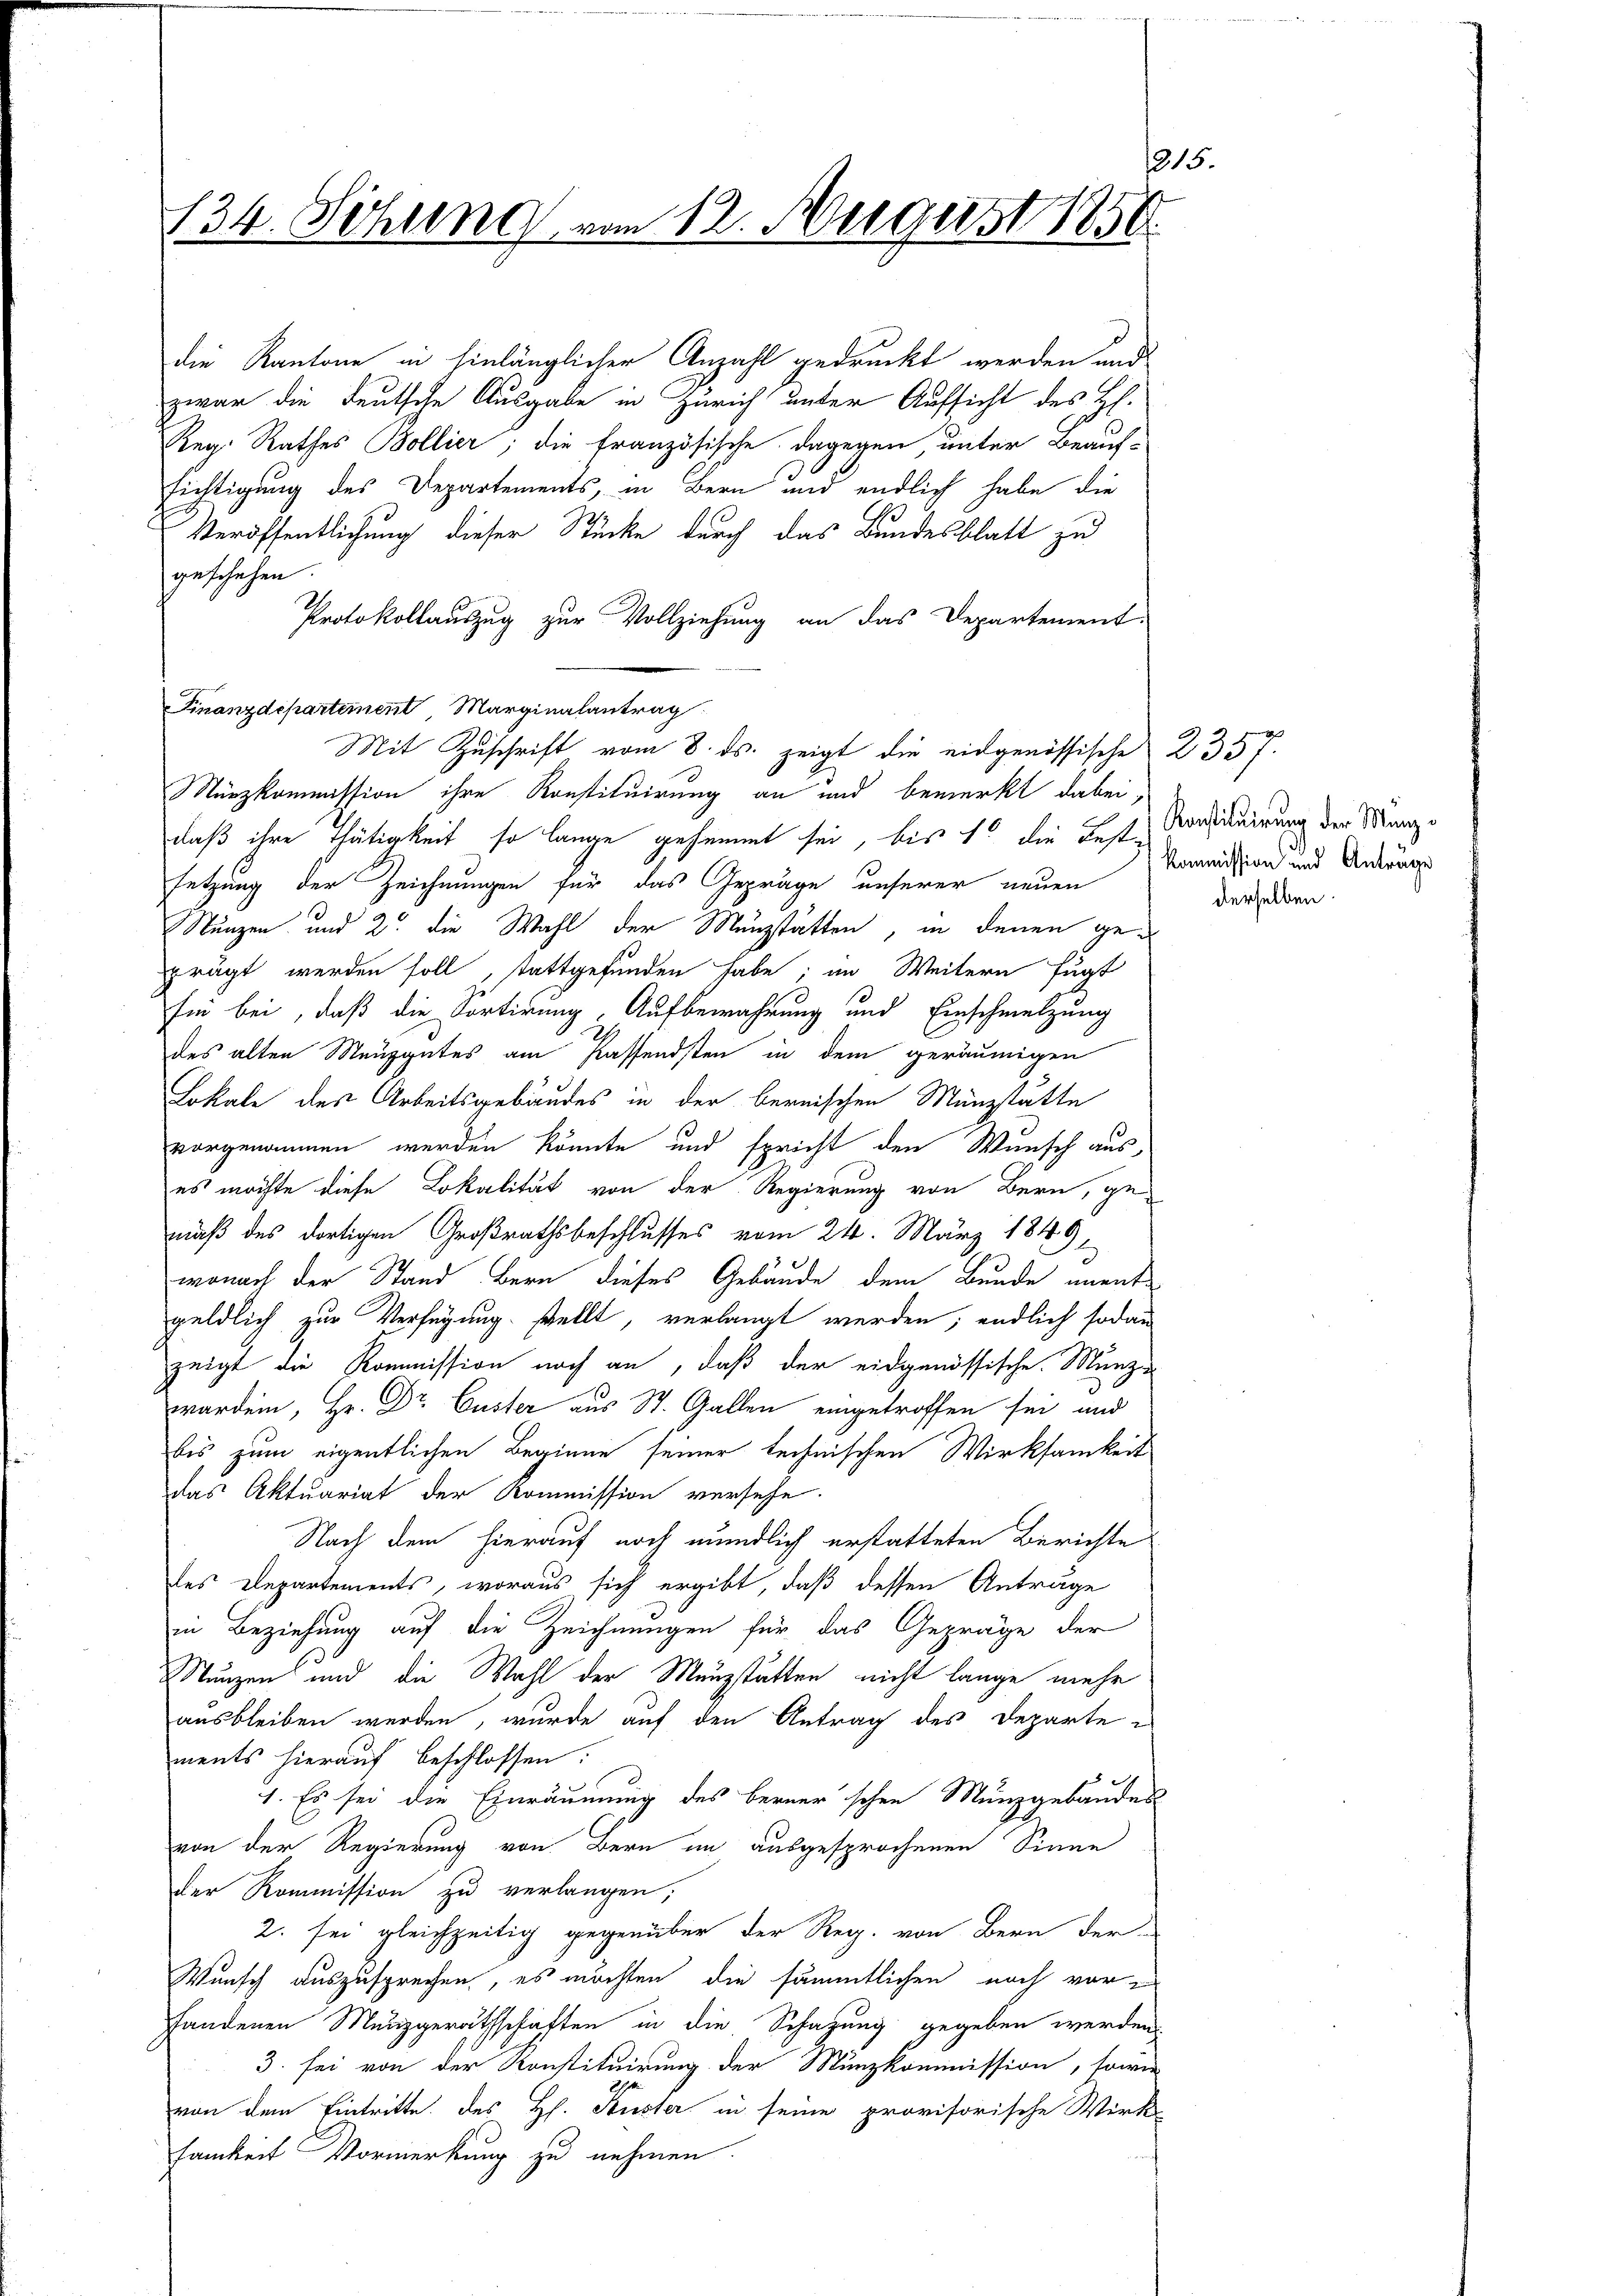
1215
134. Sitzung vom 12. August 1850.

die Kantone in hinlänglicher Anzahl gedruckt werden und
zwar die Teutsche Ausgabe in Zürich unter Aufsicht des Hl.
Reg. Rathes Bollier; die französische, dagegen, unter Beauf-
sichtigung des Departements, in Bern und endlich habe die
Veröffentlichung dieser Stücke durch das Bundesblatt zu
geschehen.
Protokollauszug zur Vollziehung an das Departement-
Finanzdepartement Marginalantrag
Münzkommission ihre Konstituirung an und bemerkt dabei,
daß ihre Thätigkeit so lange gehemmt sei, bis 10 die Feste Verdictuirung der Manze
setzung der Zeichnungen für das Gepräge unserer neuen
Stänzen und 2. die Wahl der Münzstätten, in denen geprägt werden soll, stattgefunden habe; im Weitern fügt
sin bei, daß die Sortirung, Aufbewahrung und Einschmelzung
des alten Mauggutes am Kassendsten in dem geräumigen
Lokale des Arbeitsgebäudes in der bernischen Münzstätte
vorgenommen werden könnte und spricht den Wunsch auses möchte diese Lokalität von der Regierung von Bern, gemäß des dortigen Großrathsbeschlusses vom 24. März 1849,
wonach der Stand Bern dieses Gebäude dem Bunde unentgeldlich zur Verfügung stellt, verlangt werden; endlich sodann
zeigt die Kommission noch an, daß der eidgenössische. Münzworden, Hr. Dr Custer aus St. Gallen eingetroffen sei, und
bis zum eigentlichen Beginne seiner technischen Wirksamkeit
das Aktuariat der Kommission versehe.
Nach dem hierauf noch mündlich erstatteten Berichte
des Departements, woraus sich ergibt, daß dessen Anträge
in Beziehung auf die Zeichnungen für das Gepräge der
Munzen und die Wahl der Menzstätten nicht lange mehr
ausbleiben werden, wurde auf den Antrag des Departe
ments hierauf beschlossen:
1. Es sei die Einräumung des berner schen Münzgebäudes
von der Regierung von Bern im ausgesprochenen Sinne
der Kommission zu verlangen;
2. sei gleichzeitig gegenüber der Reg. von Bern der
Wunsch auszusprechen, es möchten die sämmtlichen noch vor e
fandenen Munzgeräthschaften in die Schazung gegeben werden
3. sei von der Konstituirung der Münzkommission, sowie
von dem Eintritte des Hs. Kuster in seine provisorische Wirk-
samkeit Vormerkung zu nehmen.

Mit Zuschrift vom 8. ds. zeigt die eidgenössische 2357.

Kommission und Anträge
derselben.